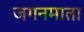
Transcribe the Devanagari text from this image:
जगनमाता